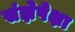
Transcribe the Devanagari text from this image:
संज्ञेपेक्षा